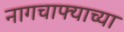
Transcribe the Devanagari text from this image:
नागचाफ्याच्या